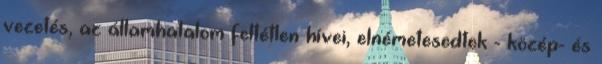
vezetés, az államhatalom feltétlen hívei, elnémetesedtek - közép- és